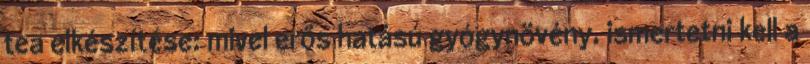
tea elkészítése: mivel erős hatású gyógynövény, ismertetni kell a